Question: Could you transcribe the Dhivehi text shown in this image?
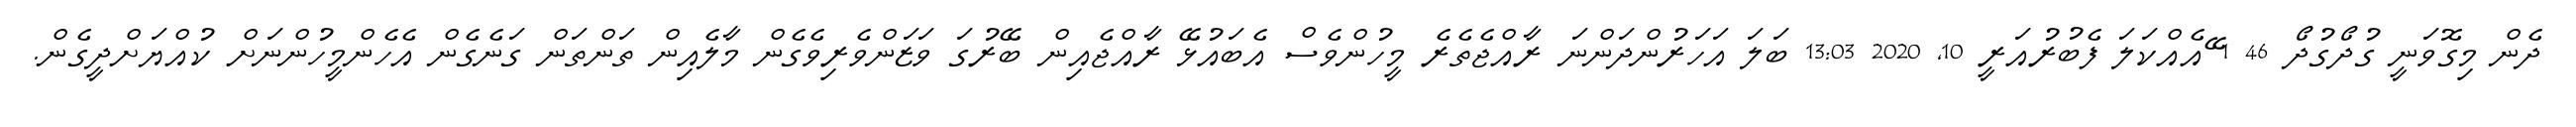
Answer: ދެން މިގޮވަނީ ގުދޯގުދޯ 46 1 ޭއެއްކަލަ ފެބުރުއަރީ 10, 2020 13:03 ބަލަ އަހަރުންދަންނަ ރާއްޖެތެރެ މީހުންވެސް އެބައުޅޭ ރާއްޖެއިން ބޭރުގަ ވަޒަންވެރިވެގެން މާލެއިން ތަންތަން ގަނެގެން އެހެންމީހުންނަށް ކުއްޔަށްދީގެން.